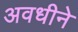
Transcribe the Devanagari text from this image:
अवधीने